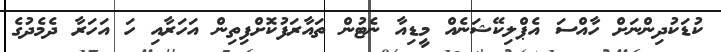
ކުޑަކުދިންނަށް ހާއްސަ އެޕްލިކޭޝަނެއް މީޑިއާ ނެޓުން ތައާރަފުކޮށްފިތިން އަހަރާއި ހަ އަހަރާ ދެމެދުގެ